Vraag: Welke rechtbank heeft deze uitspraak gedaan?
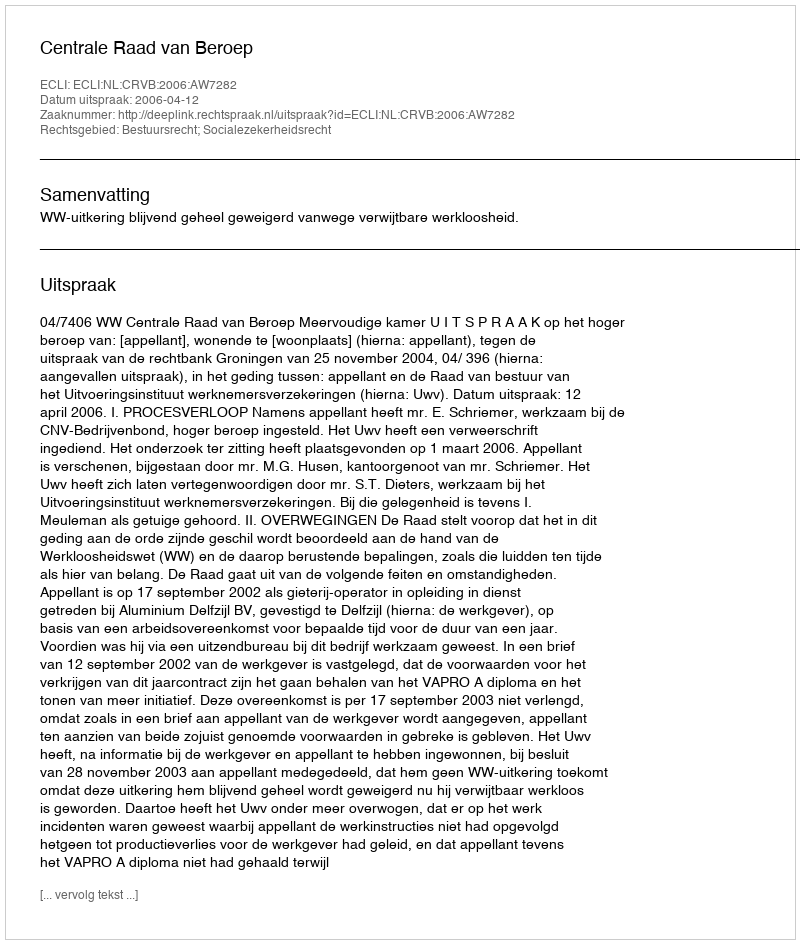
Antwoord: Centrale Raad van Beroep